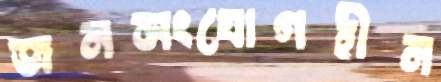
জনসংযোগহীন